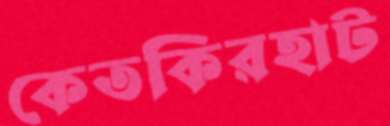
কেতকিরহাট